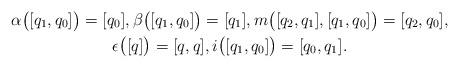
LaTeX: \begin{gather*} \alpha \bigl( [ q _1 , q _0 ] \bigr) = [q _0] , \beta \bigl( [ q _1, q _0 ] \bigr) = [q _1] , m \bigl( [q _2 , q _1 ] , [ q _1 , q _0 ] \bigr) = [ q _2 , q _0 ] ,\\ \epsilon \bigl( [q] \bigr) = [ q, q ] , i \bigl( [ q _1 , q _0] \bigr) = [q _0, q _1]. \end{gather*}